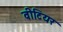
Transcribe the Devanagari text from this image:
वीटियर